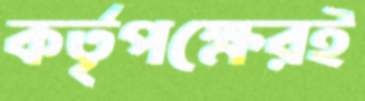
কর্তৃপক্ষেরই